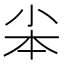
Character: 𡭦